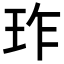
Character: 𬍚